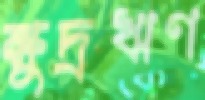
ক্ষুদ্রঋণ